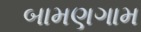
બામણગામ